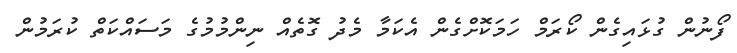
ފޯނުން ގުޅައިގެން ކޯރަމް ހަމަކޮށްގެން އެކަމާ މެދު ގޮތެއް ނިންމުމުގެ މަސައްކަތް ކުރަމުން